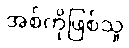
အစ်ကိုဖြစ်သူ